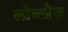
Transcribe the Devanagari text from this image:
लोब्लौज़